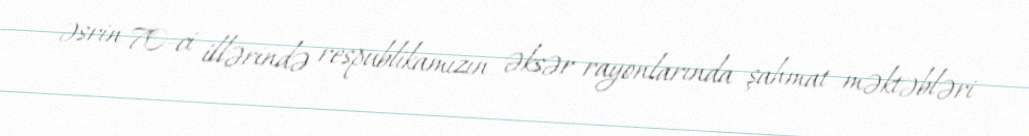
əsrin 70-ci illərində respublikamızın əksər rayonlarında şahmat məktəbləri